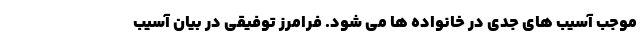
موجب آسیب های جدی در خانواده ها می شود. فرامرز توفیقی در بیان آسیب